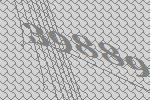
39889